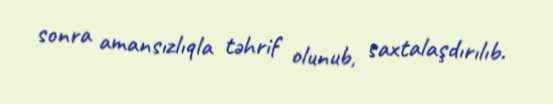
sonra amansızlıqla təhrif olunub, saxtalaşdırılıb.